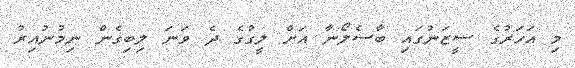
މި އަހަރުގެ ސީޒަނުގައި ބާސެލޯނާ އަށް ލީގުގެ ދެ ވަނަ ލިބިގެން ނިމުނުއިރު